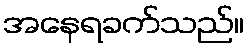
အနေရခက်သည်။